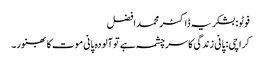
فوٹو: بشکریہ ڈاکٹر محمد افضل
کراچی: پانی زندگی کا سرچشمہ ہے تو آلودہ پانی موت کا بھنور۔